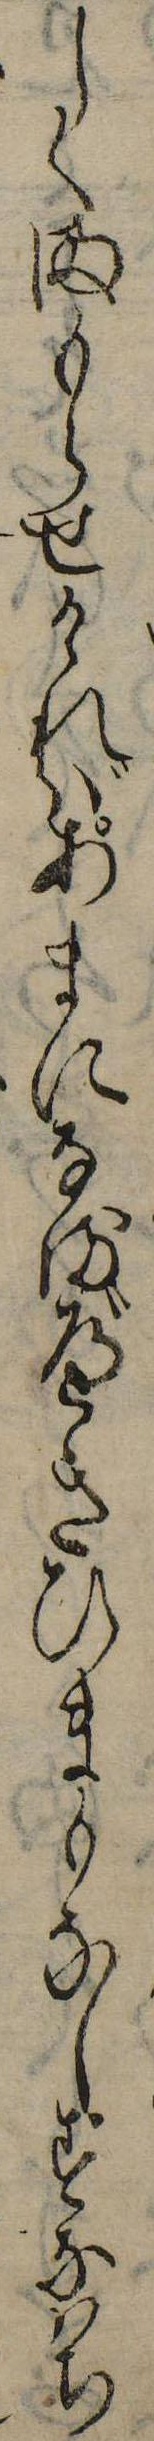
しくまもらせければあまになるべきひまもなしすなはち